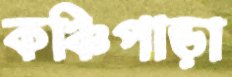
কঞ্চিপাড়া